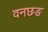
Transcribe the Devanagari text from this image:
वनछङ